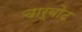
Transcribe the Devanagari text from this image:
चार्बोट